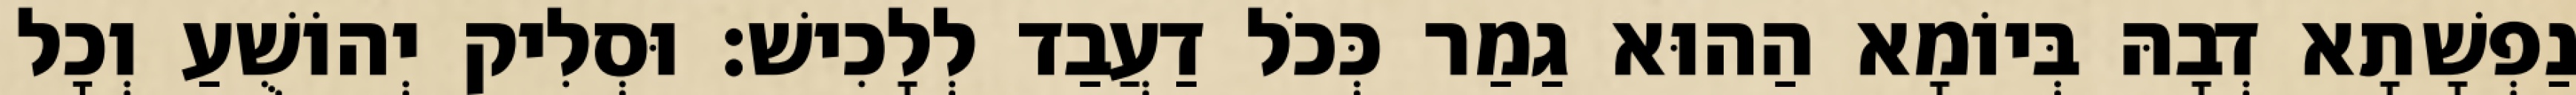
נַפְשָׁתָא דְבָהּ בְּיוֹמָא הַהוּא גַמַר כְּכֹל דַעֲבַד לְלָכִישׁ׃ וּסְלִיק יְהוֹשֻׁעַ וְכָל